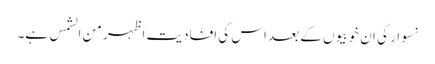
نسوار کی ان خوبیوں کے بعد اس کی افادیت اظہر من الشمس ہے۔